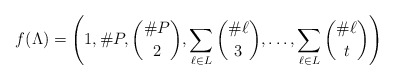
\begin{align*} f(\Lambda) = \left(1, \#P, \binom{\#P}{2}, \sum_{\ell \in L} \binom{\#\ell}{3}, \ldots, \sum_{\ell \in L} \binom{\#\ell}{t} \right) \end{align*}